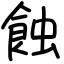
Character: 蝕